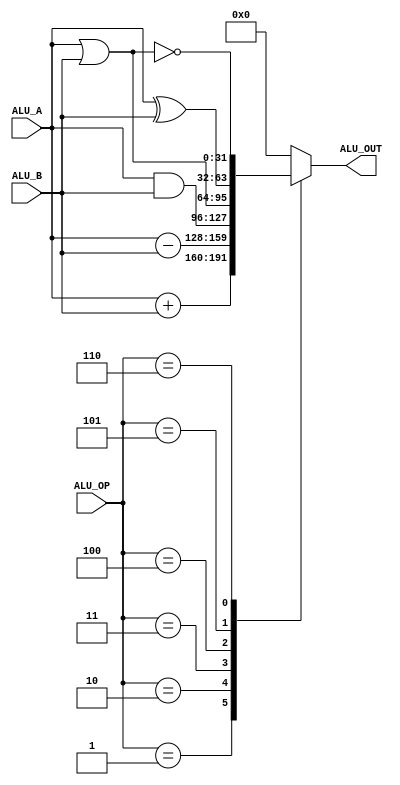
`timescale 1ns / 1ps
//////////////////////////////////////////////////////////////////////////////////
// Company: 
// Engineer: 
// 
// Design Name: 
// Module Name:    ALU3 
// Project Name: 
// Target Devices: 
// Tool versions: 
// Description: 
//
// Dependencies: 
//
// Revision: 
// Revision 0.01 - File Created
// Additional Comments: 
//
//////////////////////////////////////////////////////////////////////////////////
module ALU3(
input	signed	[31:0]	ALU_A,	//A
input	signed	[31:0]	ALU_B,	//B
input				[4:0]		ALU_OP,	//
output reg		[31:0]	ALU_OUT	//
    );

parameter	A_NOP = 5'h00;			//
parameter	A_ADD	= 5'h01;			//
parameter	A_SUB = 5'h02;			//
parameter	A_AND	= 5'h03;			//
parameter	A_OR	= 5'h04;			//
parameter	A_XOR = 5'h05;			//
parameter	A_NOR	= 5'h06;			//


always@(*)
begin
	case(ALU_OP)
		A_NOP:	ALU_OUT = 32'h0;
		A_ADD:	ALU_OUT = ALU_A + ALU_B;
		A_SUB:	ALU_OUT = ALU_A - ALU_B;
		A_AND:	ALU_OUT = ALU_A & ALU_B;
		A_OR:		ALU_OUT = ALU_A | ALU_B;
		A_XOR:	ALU_OUT = ALU_A ^ ALU_B;
		A_NOR:	ALU_OUT = ~(ALU_A | ALU_B);
		default: ALU_OUT = 32'h0;
	endcase
end

endmodule